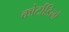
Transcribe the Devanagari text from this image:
कोर्टाडिलो